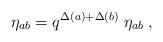
LaTeX: \begin{align*}\eta_{ab}= q^{\Delta(a)+\Delta(b)} \; \eta_{ab} \;, \end{align*}